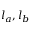
l _ { a } , l _ { b }